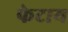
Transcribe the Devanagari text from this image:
फेटाय